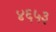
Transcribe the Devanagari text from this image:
४६५३